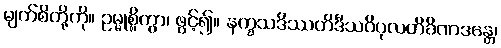
မျက်စိတို့ကို။ ဥမ္မုစ္စိတွာ၊ ဖွင့်၍။ နက္ခသဒိဿတိဒီသဝိပုလတိခိဏဒန္တေ၊